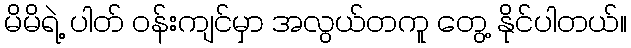
မိမိရဲ့ ပါတ် ဝန်းကျင်မှာ အလွယ်တကူ တွေ့ နိုင်ပါတယ်။